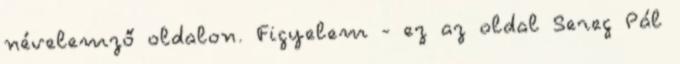
névelemző oldalon. Figyelem - ez az oldal Sereg Pál